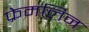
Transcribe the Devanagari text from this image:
फ्रेमलिन